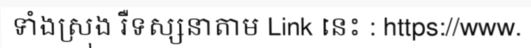
ទាំងស្រុង រឺទស្សនាតាម Link នេះ : https://www.